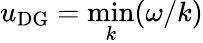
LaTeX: u_{\mathrm{DG}}=\operatorname*{min}_{k}(\omega/k)